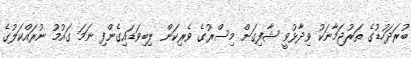
ބުރަދަހުޑުގެ ތަރުޖަމާނަކު ވިދާޅުވީ ޝާފިގަށް މިސްރުގެ ވެރިކަން ލިބިވަޑައިގެންފި ނަމަ ގައުމު ނުރައްކަލުގެ